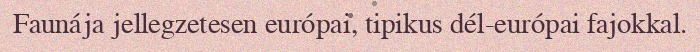
Faunája jellegzetesen európai, tipikus dél-európai fajokkal.